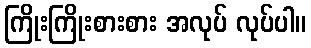
ကြိုးကြိုးစားစား အလုပ် လုပ်ပါ။